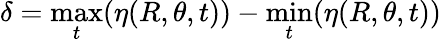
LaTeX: \delta=\operatorname*{max}_{t}(\eta(R,\theta,t))-\operatorname*{min}_{t}(\eta(R,\theta,t))